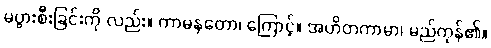
မပွားစီးခြင်းကို လည်း။ ကာမနတော၊ ကြောင့်။ အဟိတကာမာ၊ မည်ကုန်၏။